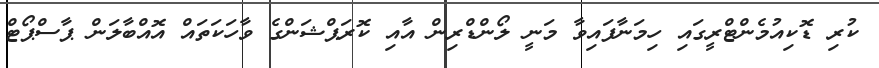
ކުރި ޑޮކިއުމެންޓްރީގައި ހިމަނާފައިވާ މަނީ ލޯންޑްރިން އާއި ކޮރަޕްޝަންގެ ވާހަކަތައް އޮއްބާލަން ޕާސްޕޯޓް